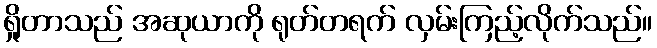
ရှိုတာသည် အဆုယာကို ရုတ်တရက် လှမ်းကြည့်လိုက်သည်။